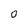
Character: O